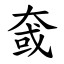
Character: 㚜